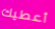
أعطيك